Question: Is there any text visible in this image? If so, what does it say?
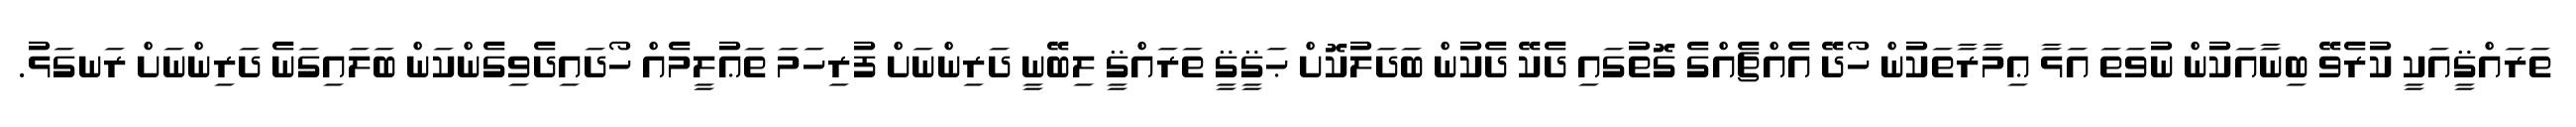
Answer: ތަރައްޤީއަކީ ކުރެވޭ ބިނާއަކުން ނުވަތަ އަޅާ ޢިމާރާތަކުން ހޯދޭ އެއްޗެއްގެ ގޮތުގައި ދެކޭ ދެކުން ބަދަލުކޮށް ޙަޤީޤީ ތަރައްޤީ ލިބޭނީ ދަރިންނަށް ފުރިހަމަ ތަޢުލީމެއް ހޯދައިދެވިގެންކަން ބަލައިގަނެ ދަރިންނަށް ރަނގަޅު.